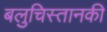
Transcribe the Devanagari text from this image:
बलुचिस्तानकी